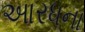
આરધના